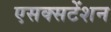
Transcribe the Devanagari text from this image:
एसक्सटेंशन